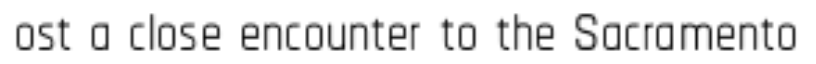
ost a close encounter to the Sacramento